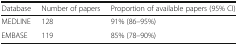
<table><thead><tr><td><b>Database</b></td><td><b>Number of papers</b></td><td><b>Proportion of available papers (95% CI)</b></td></tr></thead><tbody><tr><td>MEDLINE</td><td>128</td><td>91% (86–95%)</td></tr><tr><td>EMBASE</td><td>119</td><td>85% (78–90%)</td></tr></tbody></table>